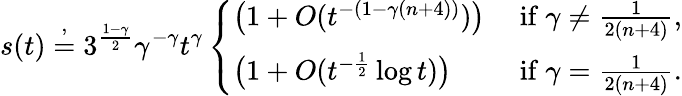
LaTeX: s(t)\stackrel{,}{=}3^{\frac{1-\gamma}{2}}\gamma^{-\gamma}t^{\gamma}\left\{ \begin{array}{ll}{\big(1+O(t^{-(1-\gamma(n+4))})\big)}&{\mathrm{~if~}\gamma\ne\frac{1}{2(n+4)},}\\ {\big(1+O(t^{-\frac 12}\log t)\big)}&{\mathrm{~if~}\gamma=\frac{1}{2(n+4)}.}\end{array}\right.